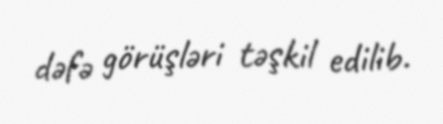
dəfə görüşləri təşkil edilib.